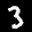
Label: 3